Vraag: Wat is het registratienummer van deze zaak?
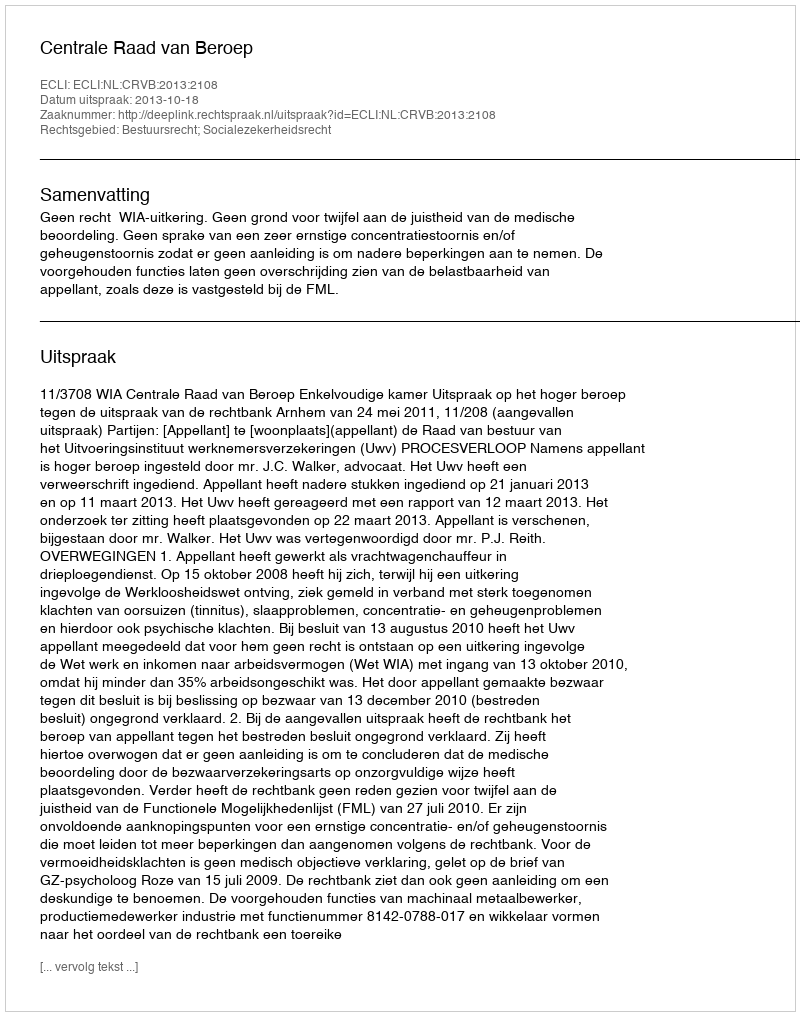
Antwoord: http://deeplink.rechtspraak.nl/uitspraak?id=ECLI:NL:CRVB:2013:2108